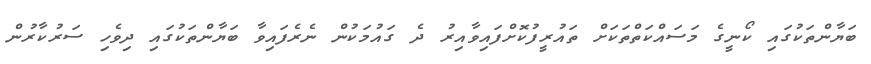
ބަޔާންތަކުގައި ކޯނީގެ މަސައްކަތްތަކަށް ތައުރީފުކޮށްފައިވާއިރު ދެ ގައުމަކުން ނެރެފައިވާ ބަޔާންތަކުގައި ދިވެހި ސަރުކާރުން